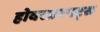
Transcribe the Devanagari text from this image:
होवरक्राफ्ट्स